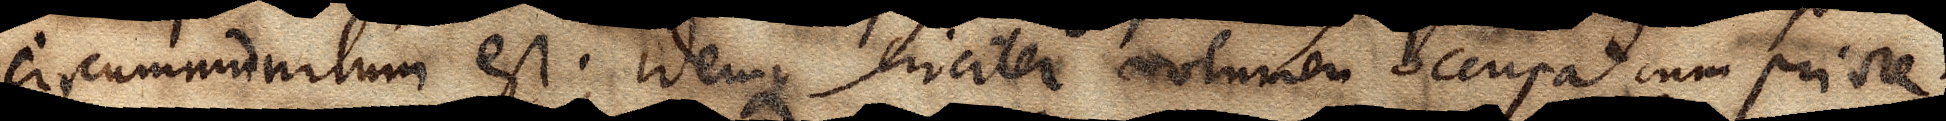
circummunitum est; idemque circiter volumen occupat cum priore.